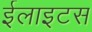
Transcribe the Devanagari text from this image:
ईलाइटस